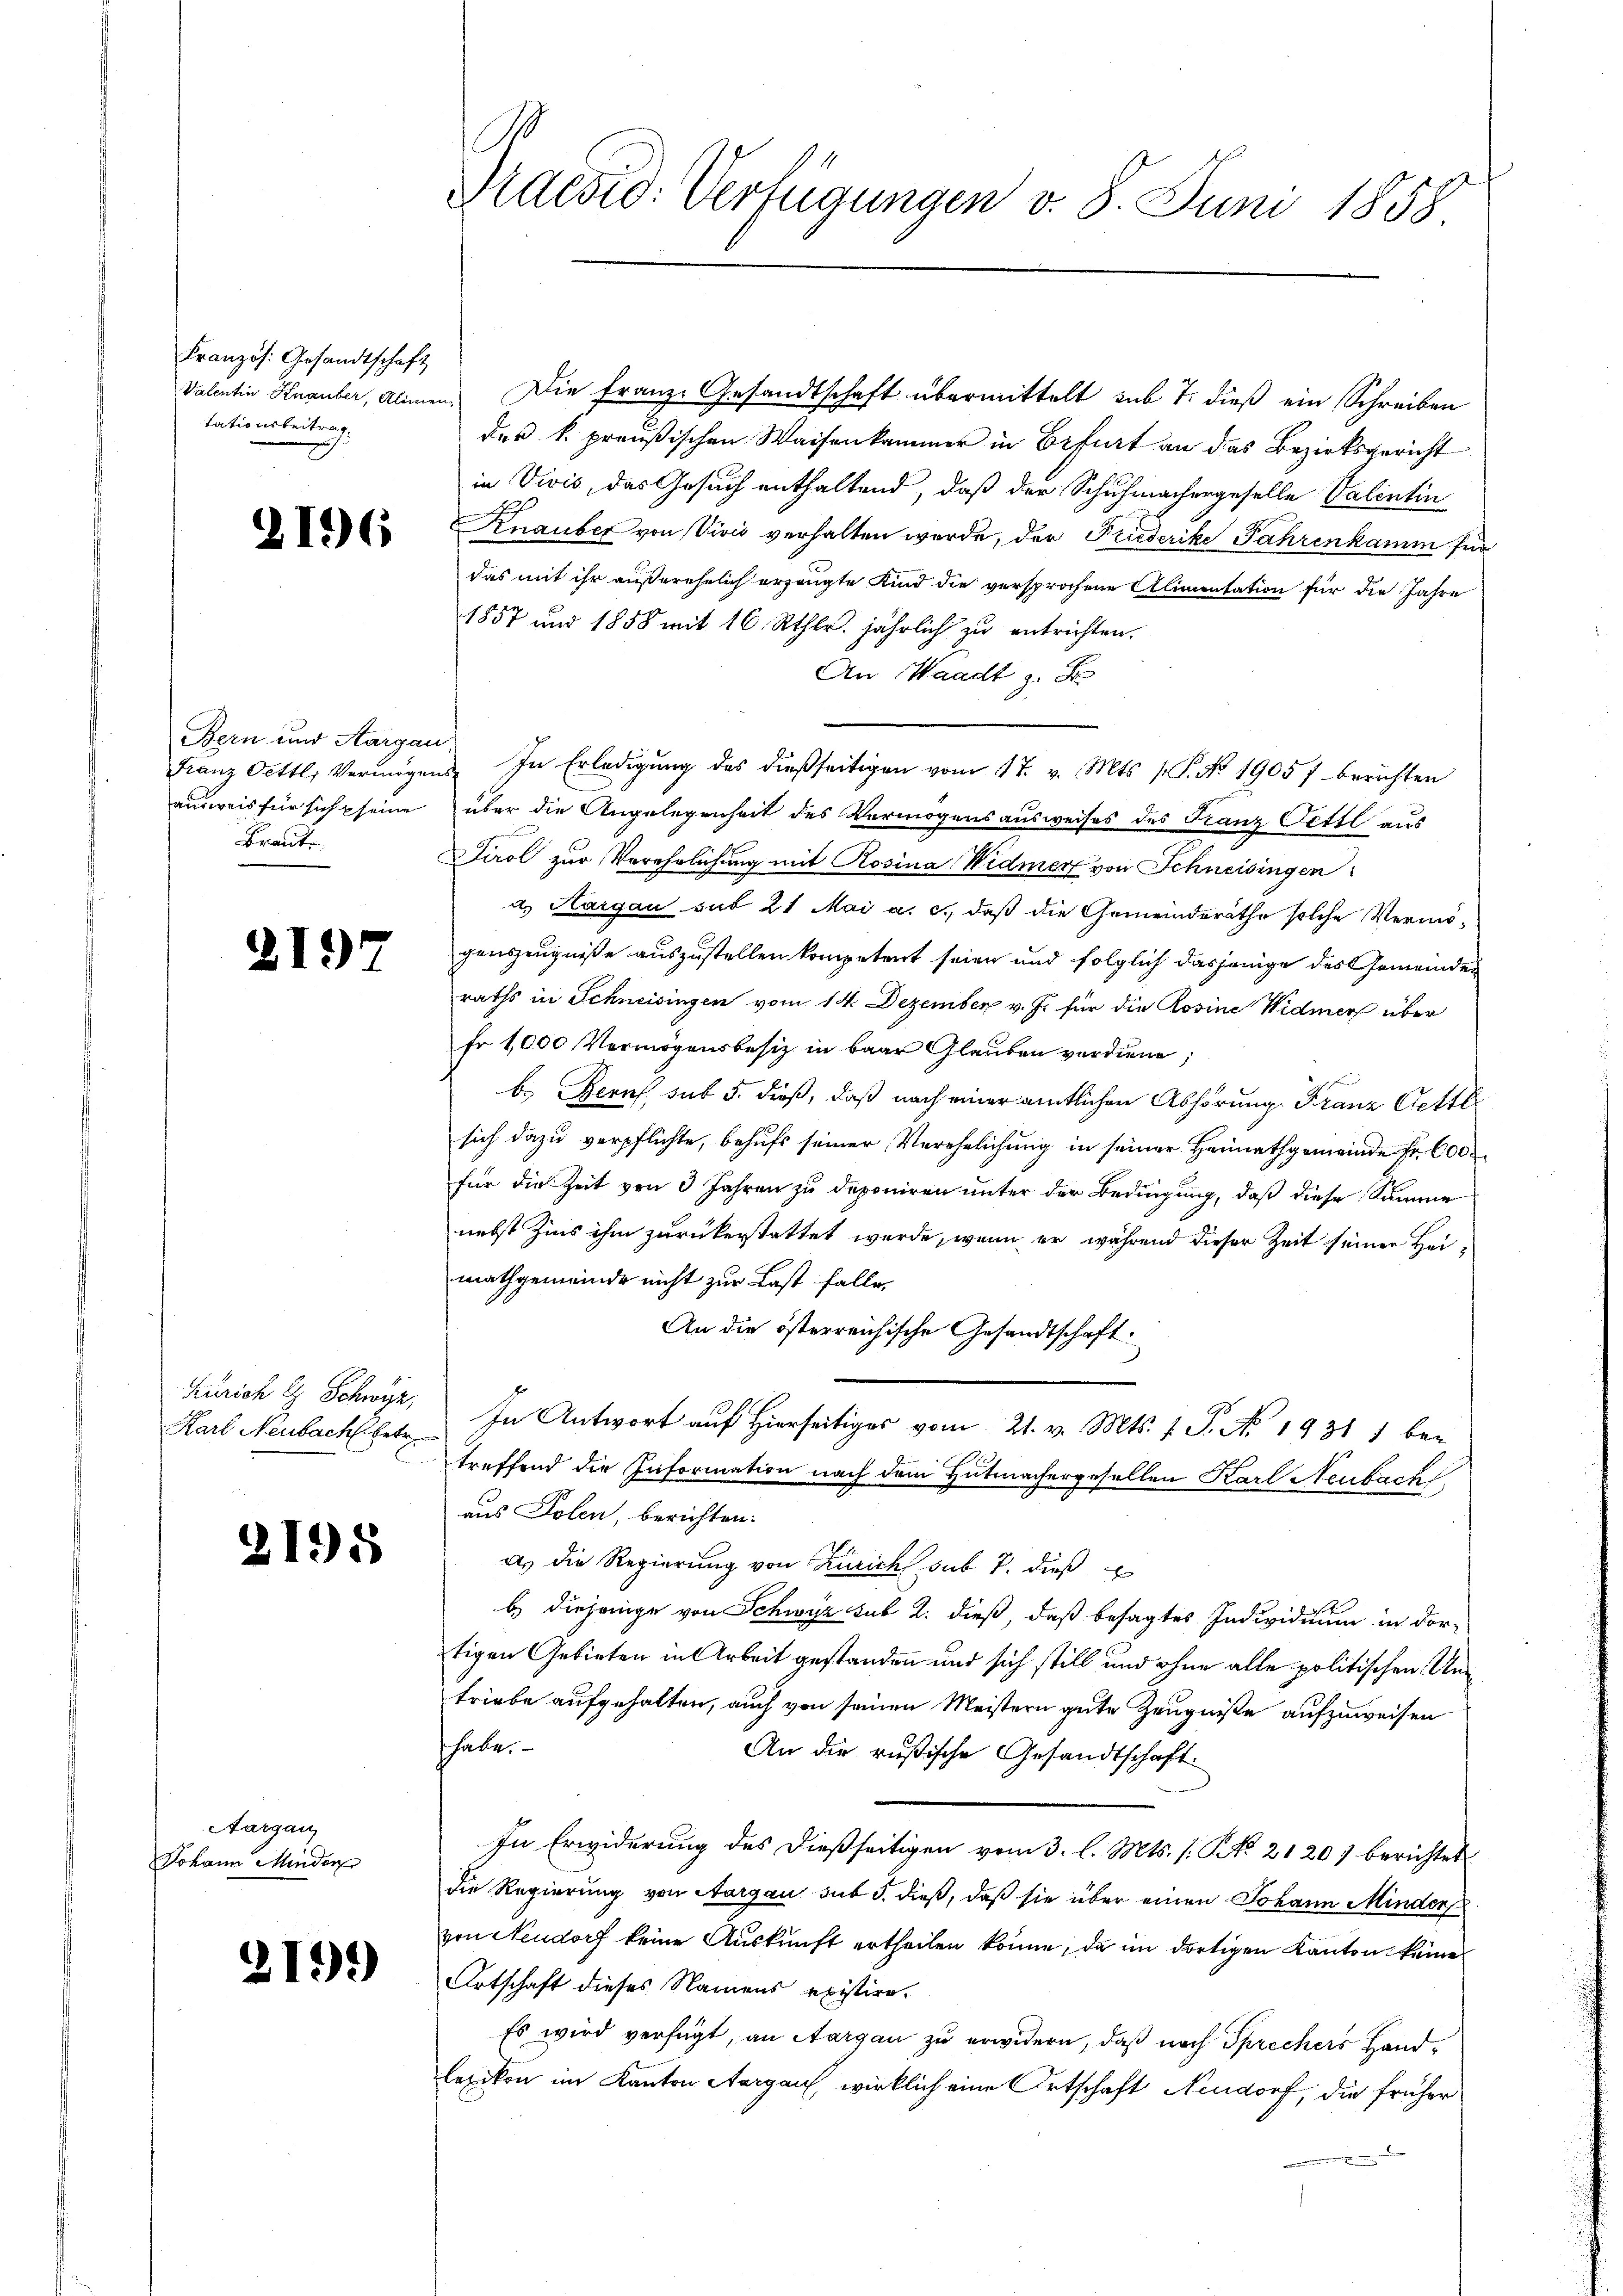
Französ. Gesandtschaft
tationsbeitrag.

2196

Bern und Aargau,
ausweis für sich seine
Braute

2197

Zürich G. Schwyz,
Karl Neubach betr.

2198

Aargau,
Johann Minder

2199

e
Praesid. Verfügungen d. 8. Juni 1858

Valentin Knauber, Alimen. Die Franze Gesandtschaft übermittelt sub 7. dieß ein Schreiben
des k. preußischen Waisenkammer in Befurt an das Bezirksgericht
in Vivis, das Gesuch enthaltend, daß der Schuhmachergeselle Valentin
Knauber von Vivis verhalten werde, der Friederike Jahrenkamm für
das mit ihr außerehelich erzeugte Kind die versprochene Alimentation für die Jahre
1857 und 1858 mit 16 Rthlr. jährlich zu entrichten.
An Waadt z. B
Franz Oettl. Vermögens. In Erledigung des dießseitigen vom 17. v. Mts. (: P. No 19057 berichten
über die Angelegenheit des Vermögensausweises des Franz Oettl aus
Tirol zur Verehrlichung mit Rosina Widmer von Schneisingen
a. Aargau sub 21 Mai a. c., daß die Gemeindsräthe solche Vermögenszeugniße auszustellen kompetent seien und folglich dasjenige des Gemeinden
raths in Schneisingen vom 14. Dezember v. J. für die Rosine Widmers über
Fr 1,000 Vermögensbesiz in baar Glauben verdiene;
b. Berns, sub 5. dieß, daß nach einer amtlichen Abhörung Franz Oettl
sich dazu verpflichte, behufs seiner Verehelichung in seiner Heimathgemeinde Fr. 600
für die Zeit von 3 Jahren zu deponiren unter der Bedingung, daß diese Summe
nebst Zins ihm zurückerstattet werde, wenn er während dieser Zeit seiner Heimathgemeinde nicht zur Last falle,
An die österreichische Gesandtschaft:
In Antwort auf hierseitig vom 21. v. Mts. 1 S. No. 1931 1 bei
treffend die Information nach dem Hutmachergesellen Karl Neubach
aus Polen, berichten:
a. Die Regierung von Zürich sub 7. dieß
b.) diejenige von Schwyz sub 2. dieß, daß besagtes Individium in dor-
tigen Gebieten in Arbeit gestanden und sich still und ohne alle politischen Untriebe aufgehalten, auch von seinen Meistern gute Zeugniße aufzuweisen
shabe.
An die rußische Gesandtschaft.
In Erwiderung des dießseitigen vom 3. l. Mts. (: NNo. 2120) berichtet
die Regierung von Aargau sub 5. dieß, daß sie über einen Johann Minder
von Neudorf keine Auskunft ertheilen könne, da im dortigen Kanton keine
Ortschaft dieses Namens existire.
Es wird verfügt, an Aargau zu erwidern, daß noch Sprechers Handlezikon im Kanton Aargau, wirklich eine Ortschaft Neudorf, die früher